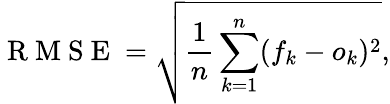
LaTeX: \mathrm{~R~M~S~E~}=\sqrt{\frac{1}{n}\sum_{k=1}^{n}(f_{k}-o_{k})^{2}},